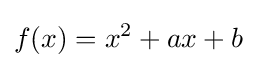
f(x)=x^{2}+ax+b